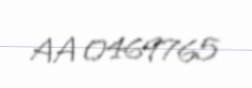
AA 0469765